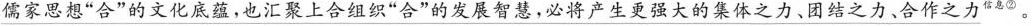
\underline{儒家思想”合”的文化底蕴，也汇聚上合组织”合”的发展智慧，必将产生更强大的集体之力、团结之力、合作之力^{信息②}。}